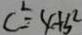
C ^ { 2 } = 4 + 5 ^ { 2 }